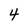
Character: 4